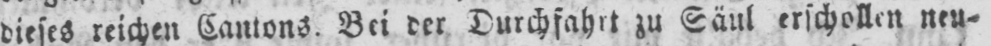
dieses reichen Cantons. Bei der Durchfahrt zu Säul erschollen neu⸗